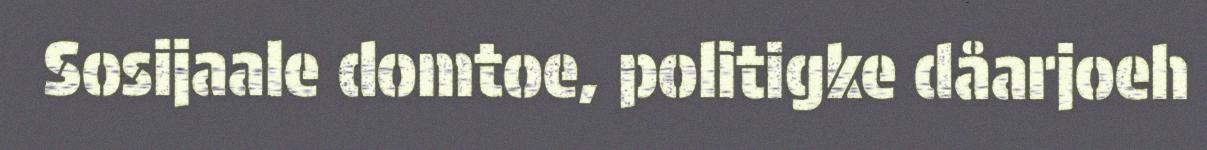
Sosijaale domtoe, politigke dåarjoeh